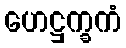
ဟေဋ္ဌက္ခကံ